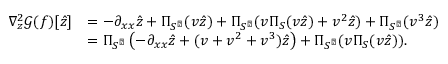
\begin{array} { r l } { \nabla _ { z } ^ { 2 } \mathcal { G } ( f ) [ \hat { z } ] } & { = - \partial _ { x x } \hat { z } + \Pi _ { S ^ { \perp } } ( v \hat { z } ) + \Pi _ { S ^ { \perp } } ( v \Pi _ { S } ( v \hat { z } ) + v ^ { 2 } \hat { z } ) + \Pi _ { S ^ { \perp } } ( v ^ { 3 } \hat { z } ) } \\ & { = \Pi _ { S ^ { \perp } } \left( - \partial _ { x x } \hat { z } + ( v + v ^ { 2 } + v ^ { 3 } ) \hat { z } \right) + \Pi _ { S ^ { \perp } } ( v \Pi _ { S } ( v \hat { z } ) ) . } \end{array}